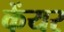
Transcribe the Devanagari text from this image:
केंयर